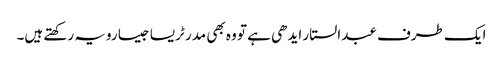
ایک طرف عبدالستار ایدھی ہے تو وہ بھی مدر ٹریسا جیسا رویہ رکھتے ہیں۔